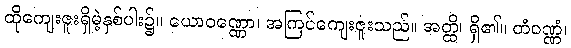
ထိုကျေးဇူးရှိမဲ့နှစ်ပါး၌။ ယောဝဏ္ဏော၊ အကြင်ကျေးဇူးသည်။ အတ္ထိ၊ ရှိ၏။ တံဝဏ္ဏံ၊